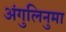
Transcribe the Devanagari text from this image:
अंगुलिनुमा